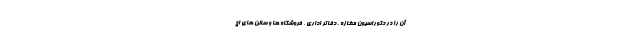
آن را در دکوراسیون مغازه ، دفاتر اداری ، فروشگاه ها و سالن های اج